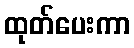
ထုတ်ပေးကာ